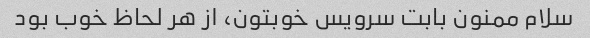
سلام ممنون بابت سرویس خوبتون، از هر لحاظ خوب بود